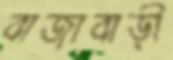
বাজাবাড়ী